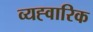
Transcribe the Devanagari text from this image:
व्यह्वारिक